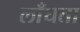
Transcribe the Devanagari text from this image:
लाँघता